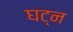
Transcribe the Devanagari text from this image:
घट्न